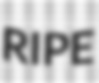
RIPE